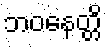
ဘဝနေတ္တိ